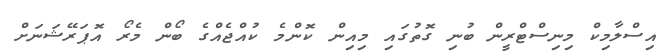
އިސްލާމިކް މިނިސްޓްރީން ބުނި ގޮތުގައި މިއިން ކޮންމެ ކުއްޖެއްގެ ބޯން މެރޯ އޮޕަރޭޝަނަށް